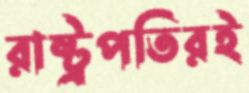
রাষ্ট্রপতিরই